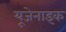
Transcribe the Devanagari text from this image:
यूजेनाइक